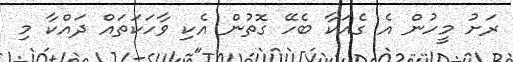
ރަށު މީހުން އެ ގެއަކާ ބެހޭ ގޮތުން އެކި ވާހަކަތައް ދައްކާ މި